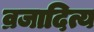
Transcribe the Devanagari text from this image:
व्रजादित्य